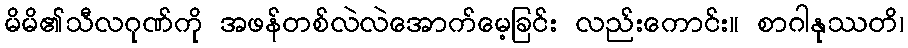
မိမိ၏သီလဂုဏ်ကို အဖန်တစ်လဲလဲအောက်မေ့ခြင်း လည်းကောင်း။ စာဂါနုဿတိ၊